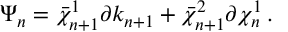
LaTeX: \Psi _ { n } = \bar { \chi } _ { n + 1 } ^ { 1 } \partial k _ { n + 1 } + \bar { \chi } _ { n + 1 } ^ { 2 } \partial \chi _ { n } ^ { 1 } \, .